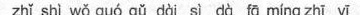
zhǐ shi wǒ guó gǔ dài sì dà fā míng zhī yī